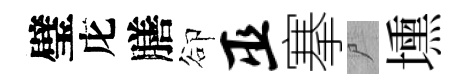
璧庀膳卻巫搴尸壎